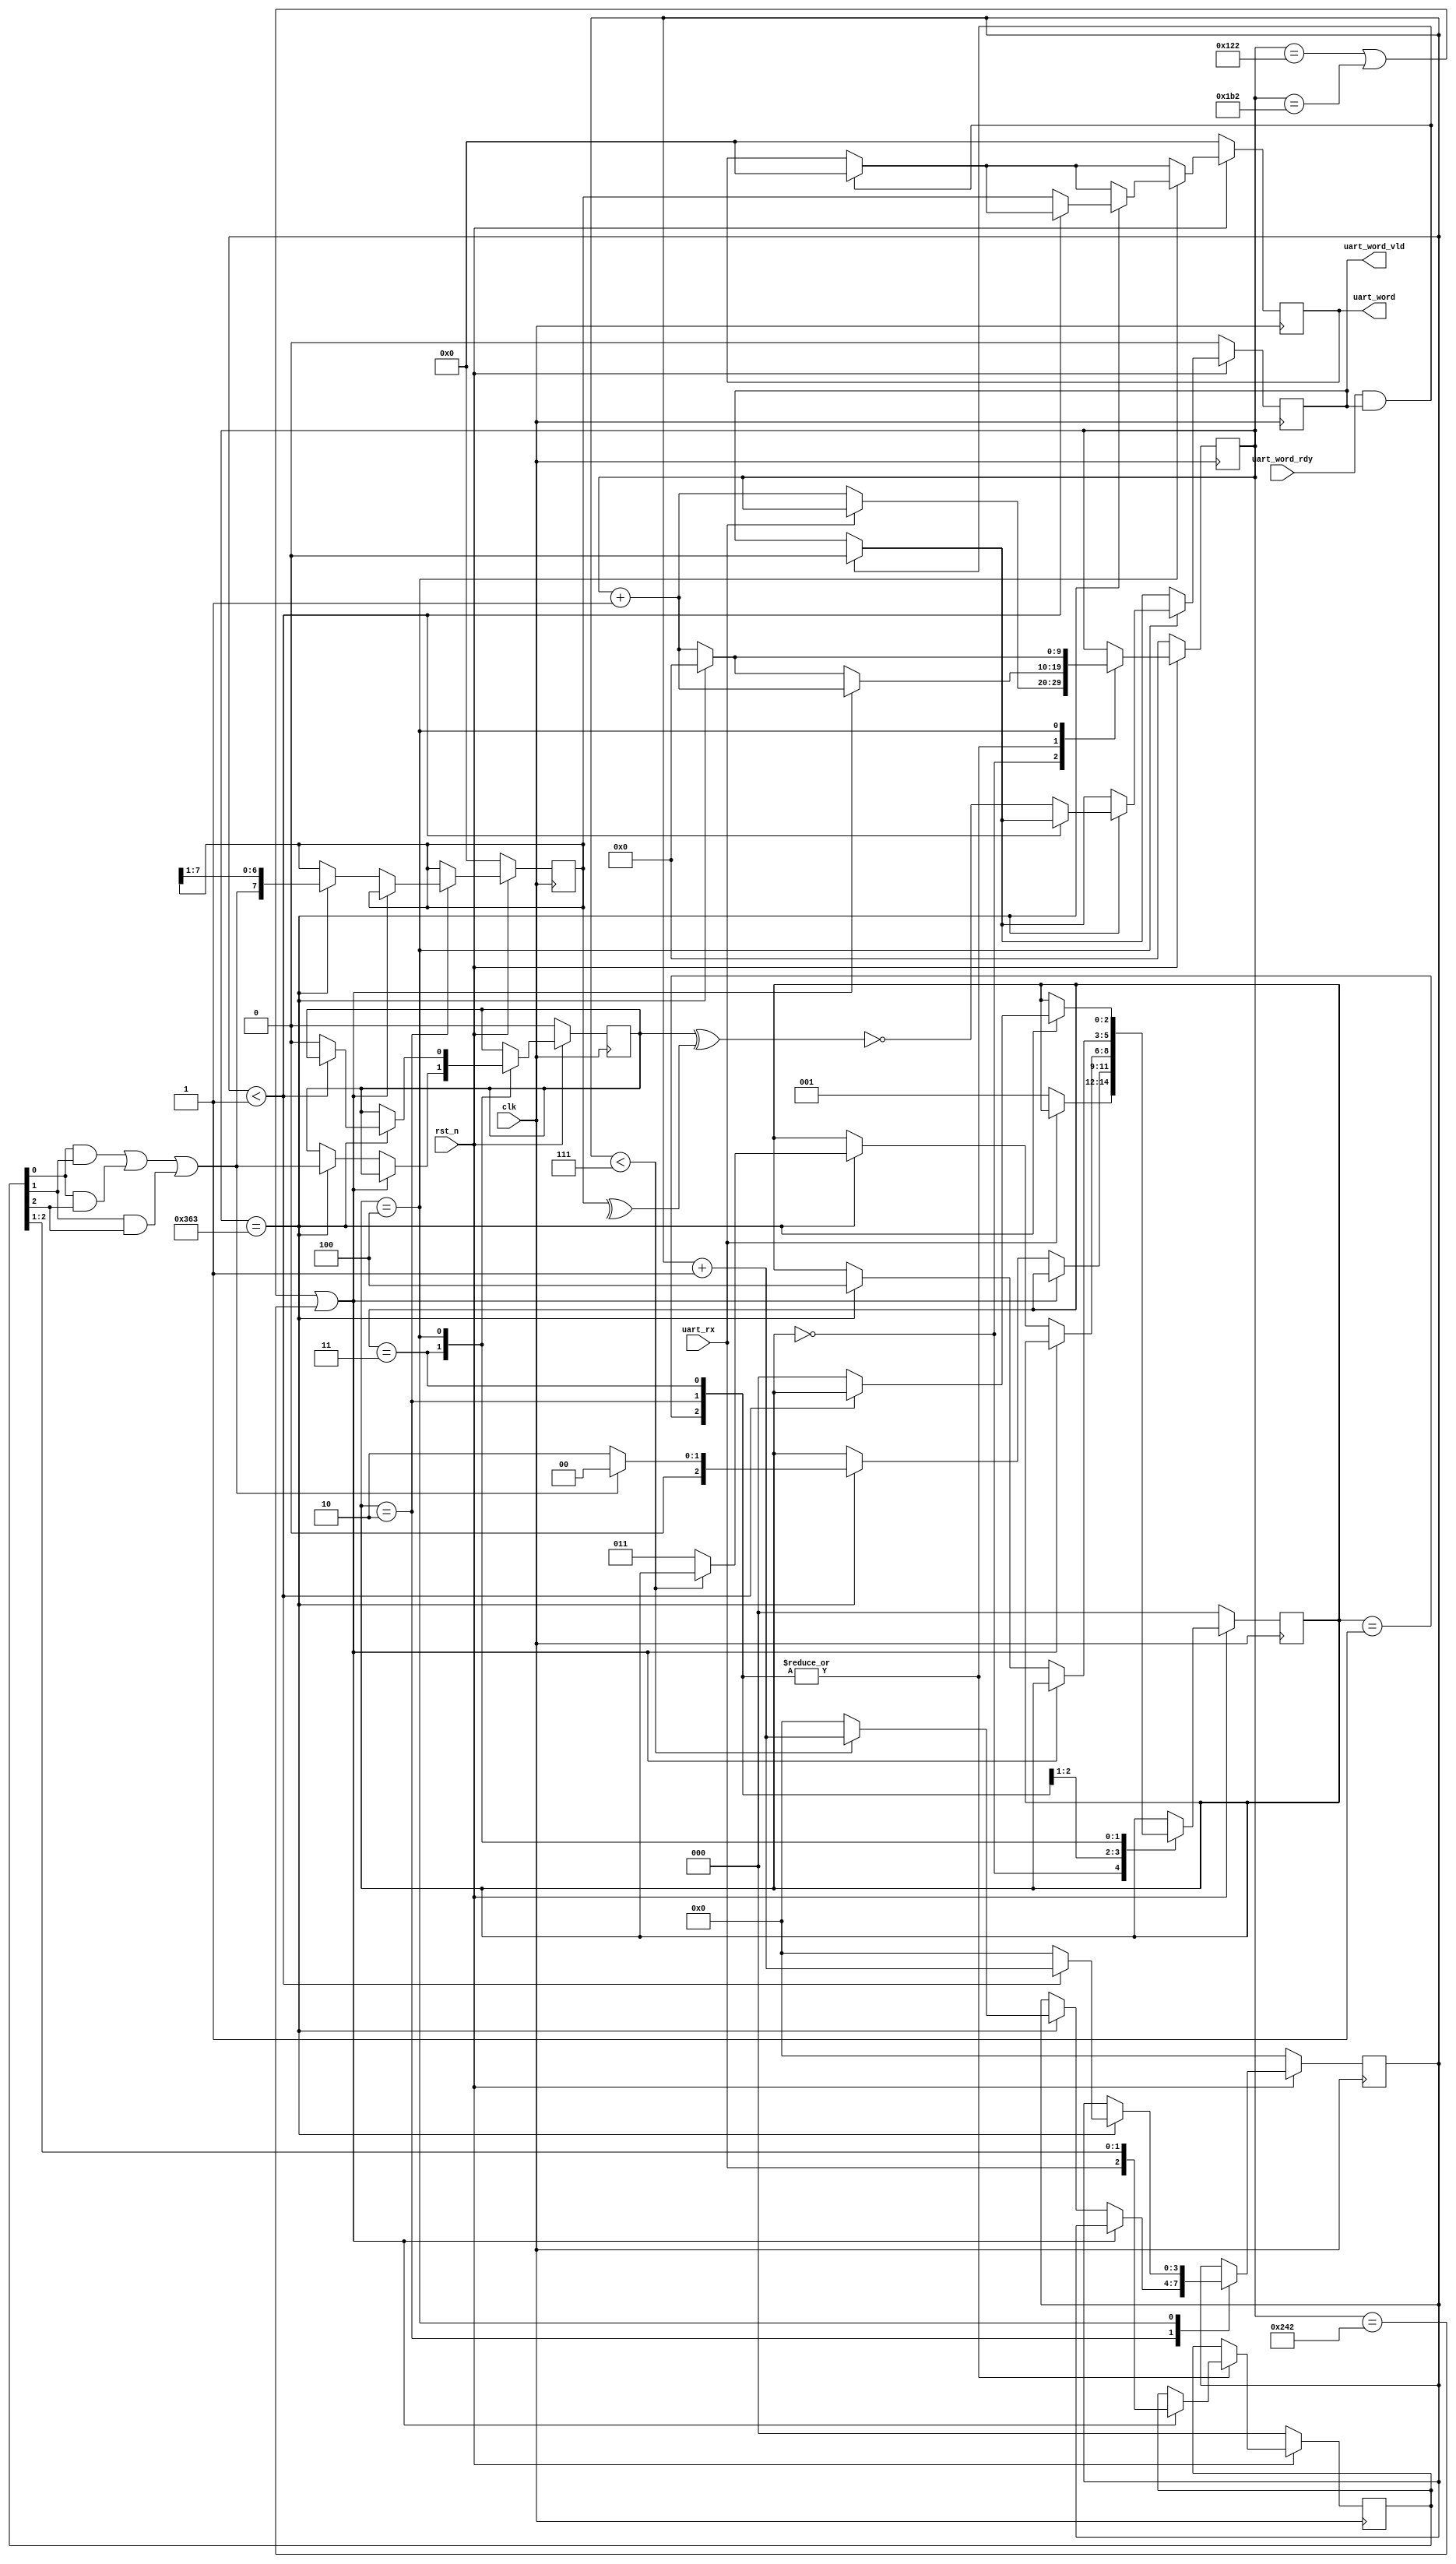
`timescale 1ns / 1ps
`define CLKS_PER_BIT ((P_CLK_FREQ/P_BAUD_RATE)*1000)

/*
Author: Michael Fallon

Create Date: 11/02/2021 06:12:08 AM
Design Name: UART
Tool Versions: Vivado 2020.2
Description: 

Dependencies: 

Revision:
Revision 0.01 - File Created
Additional Comments: 

     clk frequency       = 100 MHz
     baud rate           = 115.2 Kbs
     clk cycles per bit  = 868
     sample point        = 434
*/

module uart_receiver # (
    parameter   integer P_NUM_BITS  = 8,
    parameter   integer P_CLK_FREQ  = 100,
    parameter   integer P_BAUD_RATE = 115200,
    parameter   integer P_NUM_STOP  = 2,
    parameter   integer P_PARITY    = 1
    )(
    input   wire                        clk,
    input   wire                        rst_n,
    input   wire                        uart_rx,
    output  wire    [P_NUM_BITS-1:0]    uart_word,
    output  wire                        uart_word_vld,
    input   wire                        uart_word_rdy
    );

    function vote;
        input   [2:0] x;
        begin
            vote = (x[0]&x[1])|(x[0]&x[2])|(x[1]&x[2]);
        end
    endfunction
    
    localparam  integer CLKS_PER_BIT    = P_CLK_FREQ*1000000/P_BAUD_RATE;
    localparam  integer SAMPLE_INT      = CLKS_PER_BIT/6;
    localparam  integer SAMPLE_1        = CLKS_PER_BIT/2 - SAMPLE_INT;
    localparam  integer SAMPLE_2        = CLKS_PER_BIT/2;
    localparam  integer SAMPLE_3        = CLKS_PER_BIT/2 + SAMPLE_INT;

    localparam  [2:0]   S_IDLE          = 3'b000;
    localparam  [2:0]   S_START         = 3'b001;
    localparam  [2:0]   S_RX            = 3'b010;
    localparam  [2:0]   S_PAR           = 3'b011;
    localparam  [2:0]   S_STOP          = 3'b100;

    reg     [2:0]                       state;
    reg     [$clog2(CLKS_PER_BIT)-1:0]  cnt;
    reg     [3:0]                       bits;
    reg     [P_NUM_BITS-1:0]            temp;
    reg     [P_NUM_BITS-1:0]            data;
    reg     [2:0]                       samples;
    reg                                 done;
    reg                                 par_rcv;
    wire                                par_calc;
    wire                                sample_now;

    assign sample_now       = ((cnt == SAMPLE_1)||(cnt == SAMPLE_2)||(cnt == SAMPLE_3));
    assign par_calc         = ^temp;
    assign uart_word_vld    = done;
    assign uart_word        = data;

    always @(posedge clk) begin
        if (~rst_n) begin
            state       <= S_IDLE;
            temp        <= 0;
            data        <= 0;
            cnt         <= 0;
            bits        <= 0;
            samples     <= 0;
            par_rcv     <= 0;
            done        <= 1'b0;
        end

        else begin

            if (uart_word_rdy & done) begin
                done    <= 0;
                data    <= 0;
            end

            case (state)
                S_IDLE: begin
                    // done    <= 0;
                    if (~uart_rx) begin
                        state   <= S_START;
                        cnt     <= cnt+1;
                    end
                end

                S_START: begin
                    cnt     <= cnt+1;

                    if (sample_now) begin
                        samples     <= {uart_rx, samples[2:1]};
                    end

                    else if (cnt == CLKS_PER_BIT-1) begin
                        if (~vote(samples)) begin
                            state   <= S_RX;
                            cnt     <= 0;
                        end 
                        
                        else begin
                            state   <= S_IDLE;
                            cnt     <= 0;
                        end
                    end
                end

                S_RX: begin
                    cnt     <= cnt+1;
                    if (sample_now) begin
                        samples     <= {uart_rx, samples[2:1]};
                    end
                    
                    else if (cnt == CLKS_PER_BIT-1) begin
                        temp    <= {vote(samples),temp[P_NUM_BITS-1:1]};

                        if (bits < P_NUM_BITS-1) begin
                            cnt     <= 0;
                            bits    <= bits+1;
                        end

                        else begin
                            state       <= (P_PARITY == 0) ? S_STOP : S_PAR;
                            cnt         <= 0;
                            bits        <= 0;
                        end
                    end
                end

                S_PAR: begin
                    cnt     <= cnt+1;
                    if (sample_now) begin
                        samples     <= {uart_rx, samples[2:1]};
                    end
                    
                    else if (cnt == CLKS_PER_BIT-1) begin
                        par_rcv     <= vote(samples);
                        state       <= S_STOP;
                        cnt         <= 0;
                    end
                end

                S_STOP: begin
                    cnt     <= cnt+1;
                    if (cnt == CLKS_PER_BIT-1) begin
                        if (bits < P_NUM_STOP-1) begin
                            cnt     <= 0;
                            bits    <= bits+1;
                        end

                        else begin
                            state       <= S_IDLE;
                            cnt         <= 0;
                            bits        <= 0;
                            data        <= temp;
                            par_rcv     <= 0;
                            case (P_PARITY)
                                0: done <= 1;
                                1: done <= ~(par_rcv ^ par_calc);
                                2: done <= (par_rcv ^ par_calc);
                            endcase
                        end
                    end
                end
            endcase
        end
    end
    


    initial begin
        $dumpfile("uart_receiver.vcd");
        $dumpvars();
    end
    
   endmodule